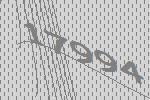
17994